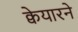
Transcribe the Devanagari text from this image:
क्वेयारने